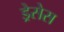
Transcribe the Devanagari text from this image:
ड्रेसेस